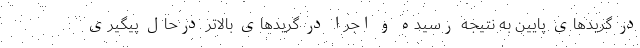
در گریدهای پایین به نتیجه رسیده و اجرا در گریدهای بالاتر درحال پیگیری